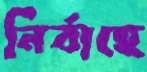
নির্বাহে